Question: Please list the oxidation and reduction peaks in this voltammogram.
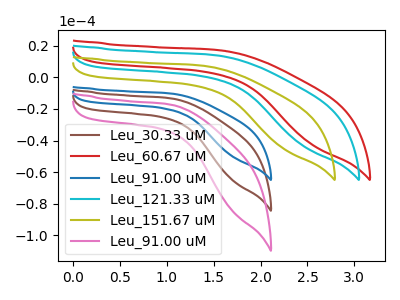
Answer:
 <answer>The brown curve "Leu_30.33 uM" has no peaks. The red curve "Leu_60.67 uM" has no peaks. The blue curve "Leu_91.00 uM" has no peaks. The cyan curve "Leu_121.33 uM" has no peaks. The olive curve "Leu_151.67 uM" has no peaks. The pink curve "Leu_91.00 uM" has no peaks.</answer>
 <eval></eval>